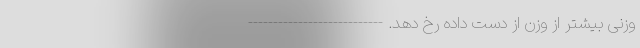
وزنی بیشتر از وزن از دست داده رخ دهد. ---------------------------